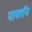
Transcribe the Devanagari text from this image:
पायराॅन